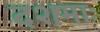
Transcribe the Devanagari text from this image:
दशमाः